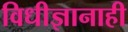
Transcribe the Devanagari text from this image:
विधीज्ञानाही